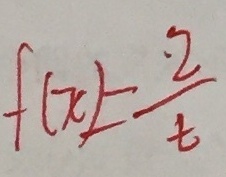
f ( x ) = \frac { 2 } { t }